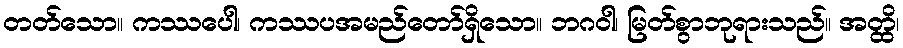
တတ်သော။ ကဿပေါ၊ ကဿပအမည်တော်ရှိသော။ ဘဂဝါ၊ မြတ်စွာဘုရားသည်။ အတ္ထိ၊